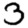
Digit: 3